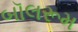
બૉલરૂમ